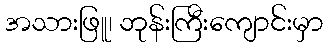
အသားဖြူ၊ ဘုန်းကြီးကျောင်းမှာ